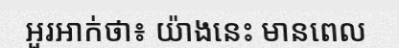
អួរអាក់ថា៖ យ៉ាងនេះ មានពេល